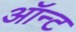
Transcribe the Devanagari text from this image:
ऑन्ट